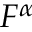
F ^ { \alpha }